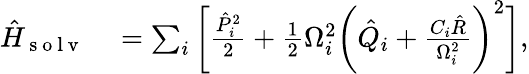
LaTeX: \begin{array}{rl}{\hat{H}_{\mathrm{~s~o~l~v~}}}&{{}=\sum_{i}\bigg[\frac{\hat{P}_{i}^{2}}{2}+\frac{1}{2}\Omega_{i}^{2}\bigg(\hat{Q}_{i}+\frac{C_{i}\hat{R}}{\Omega_{i}^{2}}\bigg)^{2}\bigg],}\end{array}